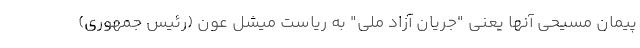
پیمان مسیحی آنها یعنی "جریان آزاد ملی" به ریاست میشل عون (رئیس جمهوری)